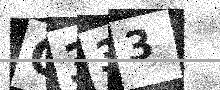
Text: O333